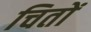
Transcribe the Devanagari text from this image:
चितों